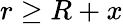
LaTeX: r\geq R+x